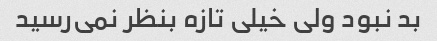
بد نبود ولی خیلی تازه بنظر نمی‌رسید